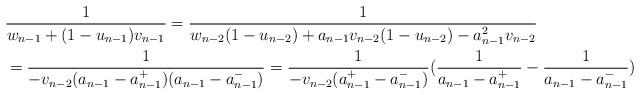
LaTeX: \begin{align*}&{1\over w_{n-1}+ (1-u_{n-1}) v_{n-1}}= {1\over w_{n-2}(1-u_{n-2})+a_{n-1}v_{n-2}(1-u_{n-2})-a_{n-1}^2 v_{n-2}}\\&={1\over -v_{n-2}(a_{n-1}-a_{n-1}^+)(a_{n-1}-a_{n-1}^-)} ={1\over- v_{n-2}(a_{n-1}^{+}-a_{n-1}^{-})}({1\over a_{n-1}-a_{n-1}^{+}}-{1\over a_{n-1}-a_{n-1}^{-} })\end{align*}